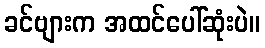
ခင်ဗျားက အထင်ပေါ်ဆုံးပဲ။